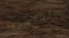
سايلس